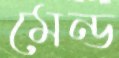
মেন্ড